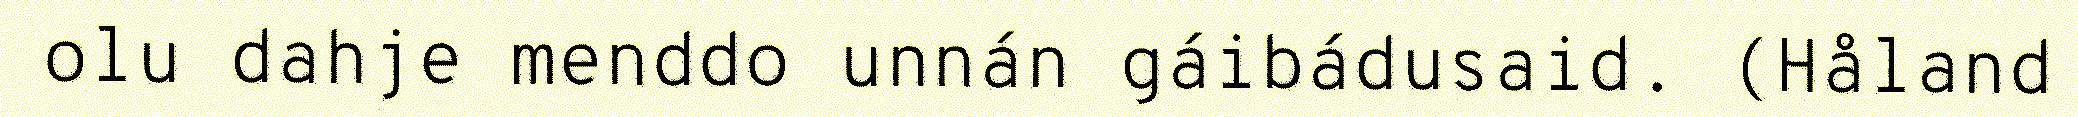
olu dahje menddo unnán gáibádusaid. (Håland